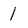
Character: 1